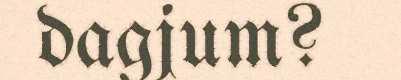
dagjum?